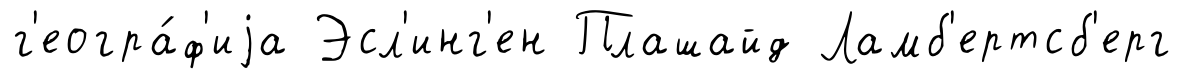
г'еогра́ф'иjа Эсл'инг'ен Плашайд Ламб'ертсб'ерг